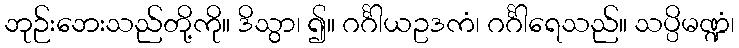
ဘုဉ်းဘေးသည်တို့ကို။ ဒိသွာ၊ ၍။ ဂင်္ဂါယဥဒကံ၊ ဂင်္ဂါရေသည်။ သပ္ပိမဏ္ဍံ၊